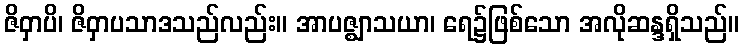
ဇိဝှာပိ၊ ဇိဝှာပသာဒသည်လည်း။ အာပဇ္ဈာသယာ၊ ရေ၌ဖြစ်သော အလိုဆန္ဒရှိသည်။